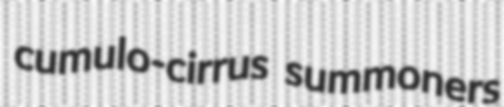
cumulo-cirrus summoners